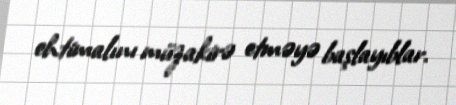
ehtimalını müzakirə etməyə başlayıblar.